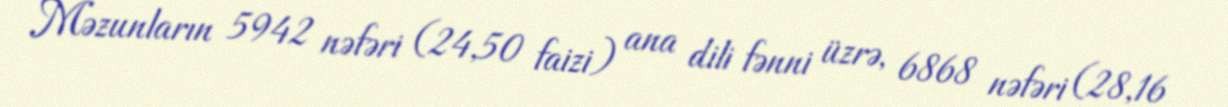
Məzunların 5942 nəfəri (24,50 faizi) ana dili fənni üzrə, 6868 nəfəri (28,16